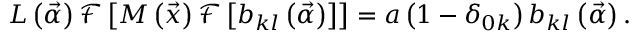
L \left( \vec { \alpha } \right) \mathcal { F } \left[ M \left( \vec { x } \right) \mathcal { F } \left[ b _ { k l } \left( \vec { \alpha } \right) \right] \right] = a \left( 1 - \delta _ { 0 k } \right) b _ { k l } \left( \vec { \alpha } \right) .